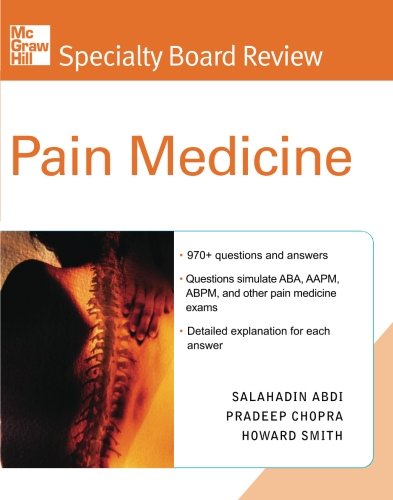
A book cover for McGraw-Hill Specialty Board Review Pain Medicine; Salahadin Abdi; Medical Books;